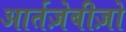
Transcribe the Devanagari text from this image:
आर्तज़ेबीज़ो